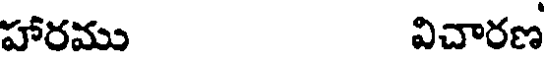
హారము విచారణ